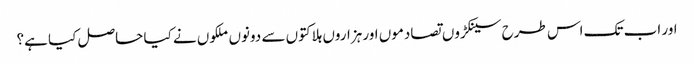
اور اب تک اس طرح سینکڑوں تصادموں اور ہزاروں ہلاکتوں سے دونوں ملکوں نے کیا حاصل کیا ہے؟